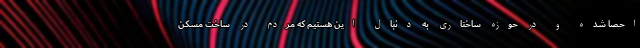
احصا شده و در حوزه ساختاری به دنبال این هستیم که مردم در ساخت مسکن